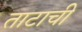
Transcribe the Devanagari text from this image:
ताटाची